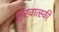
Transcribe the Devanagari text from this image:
श्चेरवात्स्की